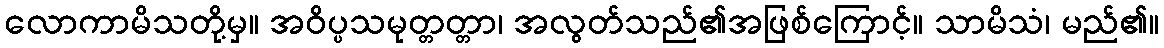
လောကာမိသတို့မှ။ အဝိပ္ပသမုတ္တတ္တာ၊ အလွတ်သည်၏အဖြစ်ကြောင့်။ သာမိသံ၊ မည်၏။